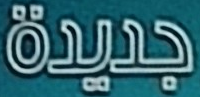
جديدة